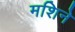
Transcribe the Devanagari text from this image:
मशिने